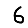
Digit: 6